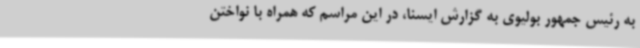
به رئیس جمهور بولیوی به گزارش ایسنا، در این مراسم که همراه با نواختن